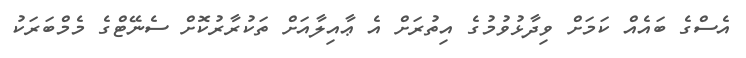
އެސްގެ ބައެއް ކަމަށް ވިދާޅުވުމުގެ އިތުރަށް އެ ޢާއިލާއަށް ތަކުރާރުކޮށް ސެނޭޓްގެ މެމްބަރަކު